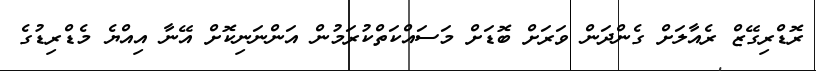
ރޮޑްރިގޭޒް ރެއާލަށް ގެންދަން ވަރަށް ބޮޑަށް މަސައްކަތްކުރަމުން އަންނަނިކޮށް އޭނާ އިއްޔެ މެޑްރިޑުގެ